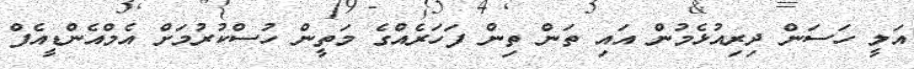
އަލީ ހަސަން ދިރިއުޅެމުން އައި ތަން ތިން ފަހަރެއްގެ މަތީން ހުސްކުރުމަށް އެމްއެންޑީއެފް